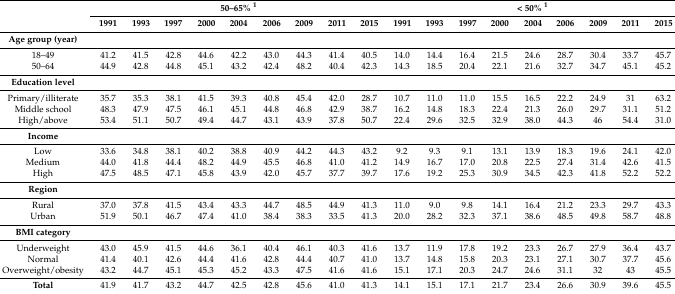
<table><thead><tr><td rowspan="2"></td><td colspan="9"><b>50–65% <sup>1</sup></b></td><td colspan="9"><b>&lt; 50% <sup>1</sup></b></td></tr><tr><td><b>1991</b></td><td><b>1993</b></td><td><b>1997</b></td><td><b>2000</b></td><td><b>2004</b></td><td><b>2006</b></td><td><b>2009</b></td><td><b>2011</b></td><td><b>2015</b></td><td><b>1991</b></td><td><b>1993</b></td><td><b>1997</b></td><td><b>2000</b></td><td><b>2004</b></td><td><b>2006</b></td><td><b>2009</b></td><td><b>2011</b></td><td><b>2015</b></td></tr></thead><tbody><tr><td><b>Age group (year)</b></td><td></td><td></td><td></td><td></td><td></td><td></td><td></td><td></td><td></td><td></td><td></td><td></td><td></td><td></td><td></td><td></td><td></td><td></td></tr><tr><td>18–49</td><td>41.2</td><td>41.5</td><td>42.8</td><td>44.6</td><td>42.2</td><td>43.0</td><td>44.3</td><td>41.4</td><td>40.5</td><td>14.0</td><td>14.4</td><td>16.4</td><td>21.5</td><td>24.6</td><td>28.7</td><td>30.4</td><td>33.7</td><td>45.7</td></tr><tr><td>50–64</td><td>44.9</td><td>42.8</td><td>44.8</td><td>45.1</td><td>43.2</td><td>42.4</td><td>48.2</td><td>40.4</td><td>42.3</td><td>14.3</td><td>18.5</td><td>20.4</td><td>22.1</td><td>21.6</td><td>32.7</td><td>34.7</td><td>45.1</td><td>45.2</td></tr><tr><td><b>Education level</b></td><td></td><td></td><td></td><td></td><td></td><td></td><td></td><td></td><td></td><td></td><td></td><td></td><td></td><td></td><td></td><td></td><td></td><td></td></tr><tr><td>Primary/illiterate</td><td>35.7</td><td>35.3</td><td>38.1</td><td>41.5</td><td>39.3</td><td>40.8</td><td>45.4</td><td>42.0</td><td>28.7</td><td>10.7</td><td>11.0</td><td>11.0</td><td>15.5</td><td>16.5</td><td>22.2</td><td>24.9</td><td>31</td><td>63.2</td></tr><tr><td>Middle school</td><td>48.3</td><td>47.9</td><td>47.5</td><td>46.1</td><td>45.1</td><td>44.8</td><td>46.8</td><td>42.9</td><td>38.7</td><td>16.2</td><td>14.8</td><td>18.3</td><td>22.4</td><td>21.3</td><td>26.0</td><td>29.7</td><td>31.1</td><td>51.2</td></tr><tr><td>High/above</td><td>53.4</td><td>51.1</td><td>50.7</td><td>49.4</td><td>44.7</td><td>43.1</td><td>43.9</td><td>37.8</td><td>50.7</td><td>22.4</td><td>29.6</td><td>32.5</td><td>32.9</td><td>38.0</td><td>44.3</td><td>46</td><td>54.4</td><td>31.0</td></tr><tr><td><b>Income</b></td><td></td><td></td><td></td><td></td><td></td><td></td><td></td><td></td><td></td><td></td><td></td><td></td><td></td><td></td><td></td><td></td><td></td><td></td></tr><tr><td>Low</td><td>33.6</td><td>34.8</td><td>38.1</td><td>40.2</td><td>38.8</td><td>40.9</td><td>44.2</td><td>44.3</td><td>43.2</td><td>9.2</td><td>9.3</td><td>9.1</td><td>13.1</td><td>13.9</td><td>18.3</td><td>19.6</td><td>24.1</td><td>42.0</td></tr><tr><td>Medium</td><td>44.0</td><td>41.8</td><td>44.4</td><td>48.2</td><td>44.9</td><td>45.5</td><td>46.8</td><td>41.0</td><td>41.2</td><td>14.9</td><td>16.7</td><td>17.0</td><td>20.8</td><td>22.5</td><td>27.4</td><td>31.4</td><td>42.6</td><td>41.5</td></tr><tr><td>High</td><td>47.5</td><td>48.5</td><td>47.1</td><td>45.8</td><td>43.9</td><td>42.0</td><td>45.7</td><td>37.7</td><td>39.7</td><td>17.6</td><td>19.2</td><td>25.3</td><td>30.9</td><td>34.5</td><td>42.3</td><td>41.8</td><td>52.2</td><td>52.2</td></tr><tr><td><b>Region</b></td><td></td><td></td><td></td><td></td><td></td><td></td><td></td><td></td><td></td><td></td><td></td><td></td><td></td><td></td><td></td><td></td><td></td><td></td></tr><tr><td>Rural</td><td>37.0</td><td>37.8</td><td>41.5</td><td>43.4</td><td>43.3</td><td>44.7</td><td>48.5</td><td>44.9</td><td>41.3</td><td>11.0</td><td>9.0</td><td>9.8</td><td>14.1</td><td>16.4</td><td>21.2</td><td>23.3</td><td>29.7</td><td>43.3</td></tr><tr><td>Urban</td><td>51.9</td><td>50.1</td><td>46.7</td><td>47.4</td><td>41.0</td><td>38.4</td><td>38.3</td><td>33.5</td><td>41.3</td><td>20.0</td><td>28.2</td><td>32.3</td><td>37.1</td><td>38.6</td><td>48.5</td><td>49.8</td><td>58.7</td><td>48.8</td></tr><tr><td><b>BMI category</b></td><td></td><td></td><td></td><td></td><td></td><td></td><td></td><td></td><td></td><td></td><td></td><td></td><td></td><td></td><td></td><td></td><td></td><td></td></tr><tr><td>Underweight</td><td>43.0</td><td>45.9</td><td>41.5</td><td>44.6</td><td>36.1</td><td>40.4</td><td>46.1</td><td>40.3</td><td>41.6</td><td>13.7</td><td>11.9</td><td>17.8</td><td>19.2</td><td>23.3</td><td>26.7</td><td>27.9</td><td>36.4</td><td>43.7</td></tr><tr><td>Normal</td><td>41.4</td><td>40.1</td><td>42.6</td><td>44.4</td><td>41.6</td><td>42.8</td><td>44.4</td><td>40.7</td><td>41.0</td><td>13.7</td><td>14.8</td><td>15.8</td><td>20.3</td><td>23.1</td><td>27.1</td><td>30.7</td><td>37.7</td><td>45.6</td></tr><tr><td>Overweight/obesity</td><td>43.2</td><td>44.7</td><td>45.1</td><td>45.3</td><td>45.2</td><td>43.3</td><td>47.5</td><td>41.6</td><td>41.6</td><td>15.1</td><td>17.1</td><td>20.3</td><td>24.7</td><td>24.6</td><td>31.1</td><td>32</td><td>43</td><td>45.5</td></tr><tr><td><b>Total</b></td><td>41.9</td><td>41.7</td><td>43.2</td><td>44.7</td><td>42.5</td><td>42.8</td><td>45.6</td><td>41.0</td><td>41.3</td><td>14.1</td><td>15.1</td><td>17.1</td><td>21.7</td><td>23.4</td><td>26.6</td><td>30.9</td><td>39.6</td><td>45.5</td></tr></tbody></table>